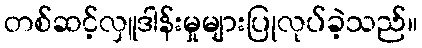
တစ်ဆင့်လှူဒါန်းမှုများပြုလုပ်ခဲ့သည်။